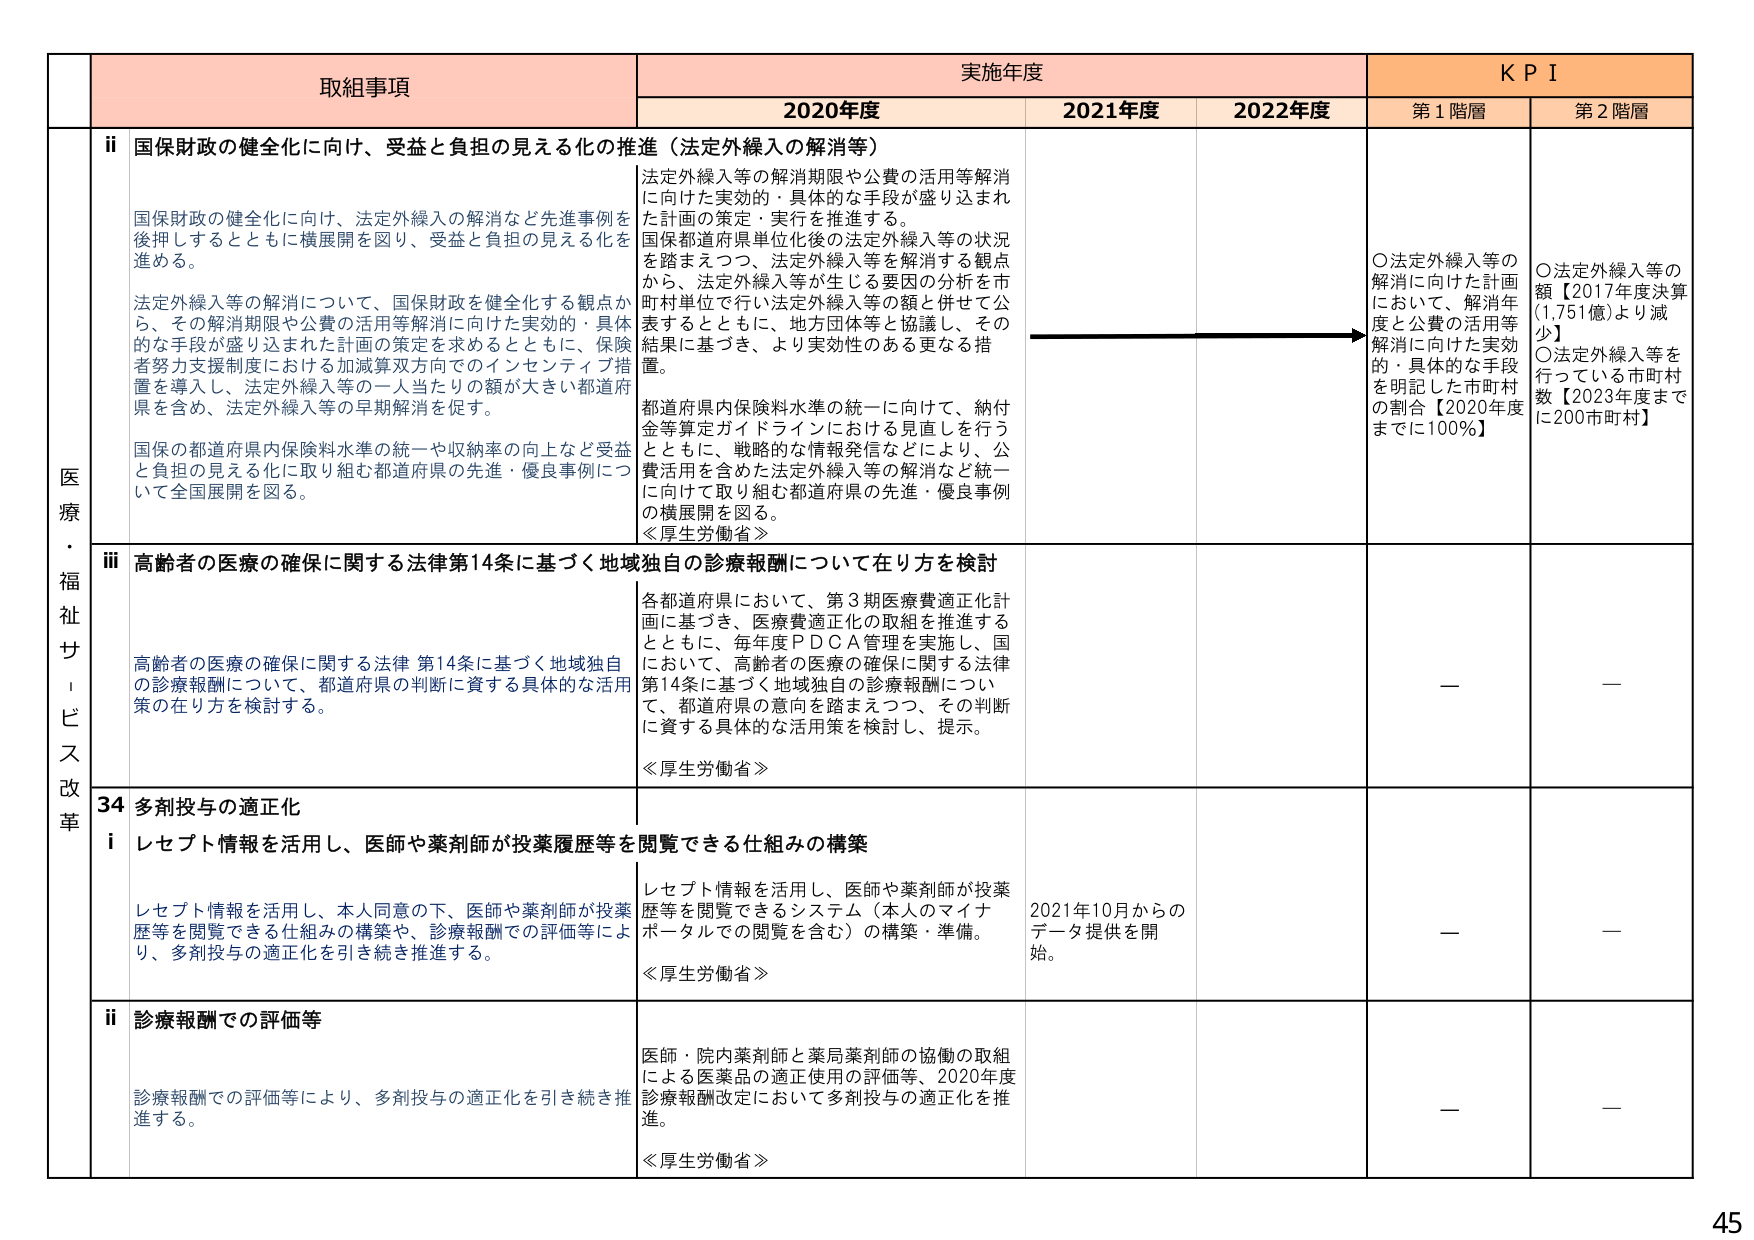
取組事項
実施年度
K P I
2020年度
2021年度
2022年度
第1階層
第2階層
医療・福祉サービス改革
ii 国保財政の健全化に向け、受益と負担の見える化の推進（法定外繰入の解消等）
国保財政の健全化に向け、法定外繰入の解消など先進事例を後押しするとともに横展開を図り、受益と負担の見える化を進める。
法定外繰入等の解消について、国保財政を健全化する観点から、その解消期限や公費の活用等解消に向けた実効的・具体的な手段が盛り込まれた計画の策定を求めるとともに、保険者努力支援制度における加減算双方向でのインセンティブ措置を導入し、法定外繰入等の一人当たりの額が大きい都道府県を含め、法定外繰入等の早期解消を促す。
国保の都道府県内保険料水準の統一や収納率の向上など受益と負担の見える化に取り組む都道府県の先進・優良事例について全国展開を図る。
法定外繰入等の解消期限や公費の活用等解消に向けた実効的・具体的な手段が盛り込まれた計画の策定・実行を推進する。
国保都道府県単位化後の法定外繰入等の状況を踏まえつつ、法定外繰入等を解消する観点から、法定外繰入等が生じる要因の分析を市町村単位で行い法定外繰入等の額と併せて公表するとともに、地方団体等と協議し、その結果に基づき、より実効性のある更なる措置。
都道府県内保険料水準の統一に向けて、納付金等算定ガイドラインにおける見直しを行うとともに、戦略的な情報発信などにより、公費活用を含めた法定外繰入等の解消など統一に向けて取り組む都道府県の先進・優良事例の横展開を図る。
≪厚生労働省≫
○法定外繰入等の解消に向けた計画において、解消年度と公費の活用等解消に向けた実効的・具体的な手段を明記した市町村の割合【2020年度までに100％】
○法定外繰入等の額【2017年度決算（1,751億）より減少】
○法定外繰入等を行っている市町村数【2023年度までに200市町村】
iii 高齢者の医療の確保に関する法律第14条に基づく地域独自の診療報酬について在り方を検討
高齢者の医療の確保に関する法律 第14条に基づく地域独自の診療報酬について、都道府県の判断に資する具体的な活用策の在り方を検討する。
各都道府県において、第3期医療費適正化計画に基づき、医療費適正化の取組を推進するとともに、毎年度ＰＤＣＡ管理を実施し、国において、高齢者の医療の確保に関する法律第14条に基づく地域独自の診療報酬について、都道府県の意向を踏まえつつ、その判断に資する具体的な活用策を検討し、提示。
≪厚生労働省≫
—
—
34 多剤投与の適正化
i レセプト情報を活用し、医師や薬剤師が投薬履歴等を閲覧できる仕組みの構築
レセプト情報を活用し、本人同意の下、医師や薬剤師が投薬歴等を閲覧できる仕組みの構築や、診療報酬での評価等により、多剤投与の適正化を引き続き推進する。
レセプト情報を活用し、医師や薬剤師が投薬歴等を閲覧できるシステム（本人のマイナポータルでの閲覧を含む）の構築・準備。
≪厚生労働省≫
2021年10月からのデータ提供を開始。
—
—
ii 診療報酬での評価等
診療報酬での評価等により、多剤投与の適正化を引き続き推進する。
医師・院内薬剤師と薬局薬剤師の協働の取組による医薬品の適正使用の評価等、2020年度診療報酬改定において多剤投与の適正化を推進。
≪厚生労働省≫
—
—
45